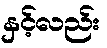
နှင့်လည်း